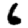
Digit: 6